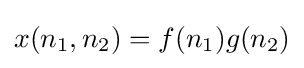
x(n_{1},n_{2})=f(n_{1})g(n_{2})